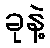
ခုနဲ့